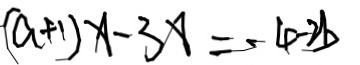
( a + 1 ) x - 3 x = - 4 - 2 b